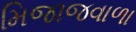
મિજાજવાળા